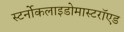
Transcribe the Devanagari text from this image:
स्टर्नोकलाइडोमास्टरॉएड